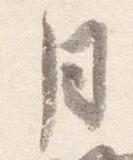
月